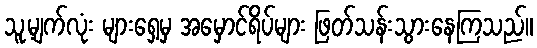
သူ့မျက်လုံး များရှေ့မှ အမှောင်ရိပ်များ ဖြတ်သန်းသွားနေကြသည်။